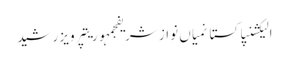
الیکشنپاکستانمیاں نواز شریفجمہوریتپرویز رشید